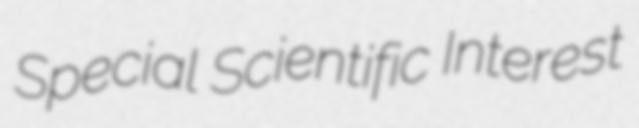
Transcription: Special Scientific Interest